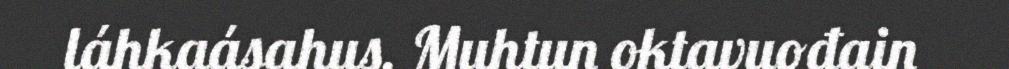
láhkaásahus. Muhtun oktavuođain